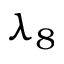
\lambda _ { 8 }